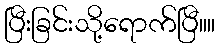
ပြီးခြင်းသို့ရောက်ပြီ။။